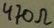
Text: 470Ω